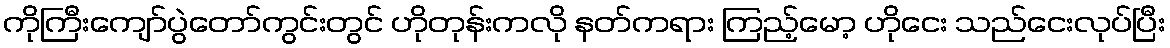
ကိုကြီးကျော်ပွဲတော်ကွင်းတွင် ဟိုတုန်းကလို နတ်ကရား ကြည့်မော့ ဟိုငေး သည်ငေးလုပ်ပြီး